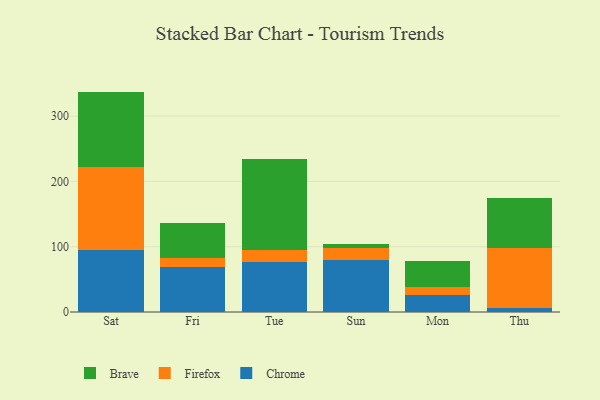
{"axis": {"x": "Day", "y": "Satisfaction Score"}, "legend": ["Brave", "Chrome", "Firefox"], "data": [{"x": "Sat", "y": 95.2, "type": "Chrome"}, {"x": "Sat", "y": 127.4, "type": "Firefox"}, {"x": "Sat", "y": 115.0, "type": "Brave"}, {"x": "Fri", "y": 69.0, "type": "Chrome"}, {"x": "Fri", "y": 14.3, "type": "Firefox"}, {"x": "Fri", "y": 52.8, "type": "Brave"}, {"x": "Tue", "y": 76.4, "type": "Chrome"}, {"x": "Tue", "y": 18.9, "type": "Firefox"}, {"x": "Tue", "y": 139.8, "type": "Brave"}, {"x": "Sun", "y": 79.6, "type": "Chrome"}, {"x": "Sun", "y": 18.2, "type": "Firefox"}, {"x": "Sun", "y": 6.7, "type": "Brave"}, {"x": "Mon", "y": 25.3, "type": "Chrome"}, {"x": "Mon", "y": 12.6, "type": "Firefox"}, {"x": "Mon", "y": 40.0, "type": "Brave"}, {"x": "Thu", "y": 6.1, "type": "Chrome"}, {"x": "Thu", "y": 91.5, "type": "Firefox"}, {"x": "Thu", "y": 76.8, "type": "Brave"}]}